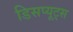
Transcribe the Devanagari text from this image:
डिसप्यूट्स